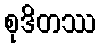
စုဒိတဿ